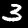
Digit: 3